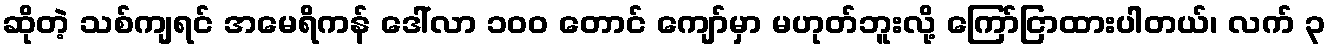
ဆိုတဲ့ သစ်ကျရင် အမေရိကန် ဒေါ်လာ ၁၀၀ တောင် ကျော်မှာ မဟုတ်ဘူးလို့ ကြော်ငြာထားပါတယ်၊ လက် ၃